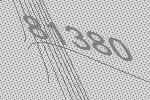
81380